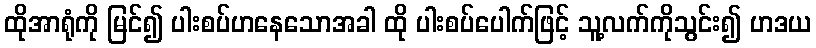
ထိုအာရုံကို မြင်၍ ပါးစပ်ဟနေသောအခါ ထို ပါးစပ်ပေါက်ဖြင့် သူ့လက်ကိုသွင်း၍ ဟဒယ